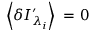
\left\langle \delta { { I } _ { { \lambda _ { i } } } ^ { \prime } } \right\rangle \mathrm { ~ = ~ } 0